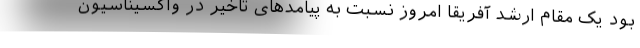
بود یک مقام ارشد آفریقا امروز نسبت به پیامدهای تاخیر در واکسیناسیون